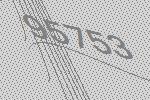
95753